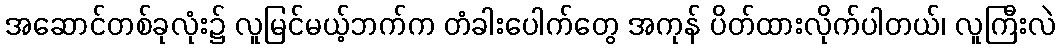
အဆောင်တစ်ခုလုံး၌ လူမြင်မယ့်ဘက်က တံခါးပေါက်တွေ အကုန် ပိတ်ထားလိုက်ပါတယ်၊ လူကြီးလဲ